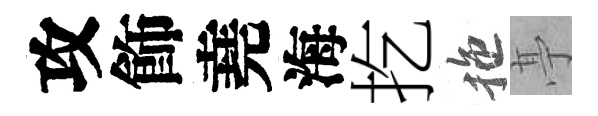
攻飾堯海扢拖𠅘